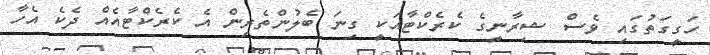
ހަގީގަތުގައި ވެސް ޝިރާނީގެ ކެރެކްޓާއަކީ ގިނަ ބެލުންތެރިން އެ ކެރެކްޓާއެއް ދެކެ އެހާ